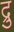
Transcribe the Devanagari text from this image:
द्रु